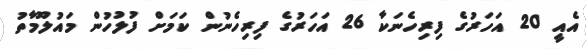
އެއީ 20 އަހަރުގެ ފިރިހެނަކާ 26 އަހަރުގެ ފިރިހެނުން ކަމަށް ފުލުހުން މައުލޫމާތު